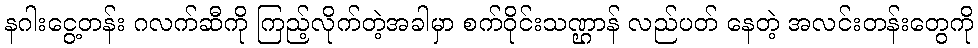
နဂါးငွေ့တန်း ဂလက်ဆီကို ကြည့်လိုက်တဲ့အခါမှာ စက်ဝိုင်းသဏ္ဌာန် လည်ပတ် နေတဲ့ အလင်းတန်းတွေကို